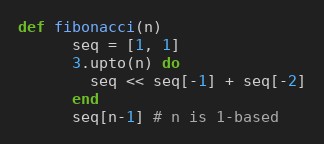
Language: Ruby
def fibonacci(n)
      seq = [1, 1]
      3.upto(n) do
        seq << seq[-1] + seq[-2]
      end
      seq[n-1] # n is 1-based